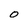
Character: o